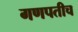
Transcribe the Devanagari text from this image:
गणपतीच